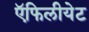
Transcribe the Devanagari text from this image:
ऍफिलीयेट